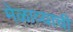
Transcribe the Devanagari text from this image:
मेळाव्याची